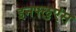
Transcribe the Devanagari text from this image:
इनफ्लुएंस